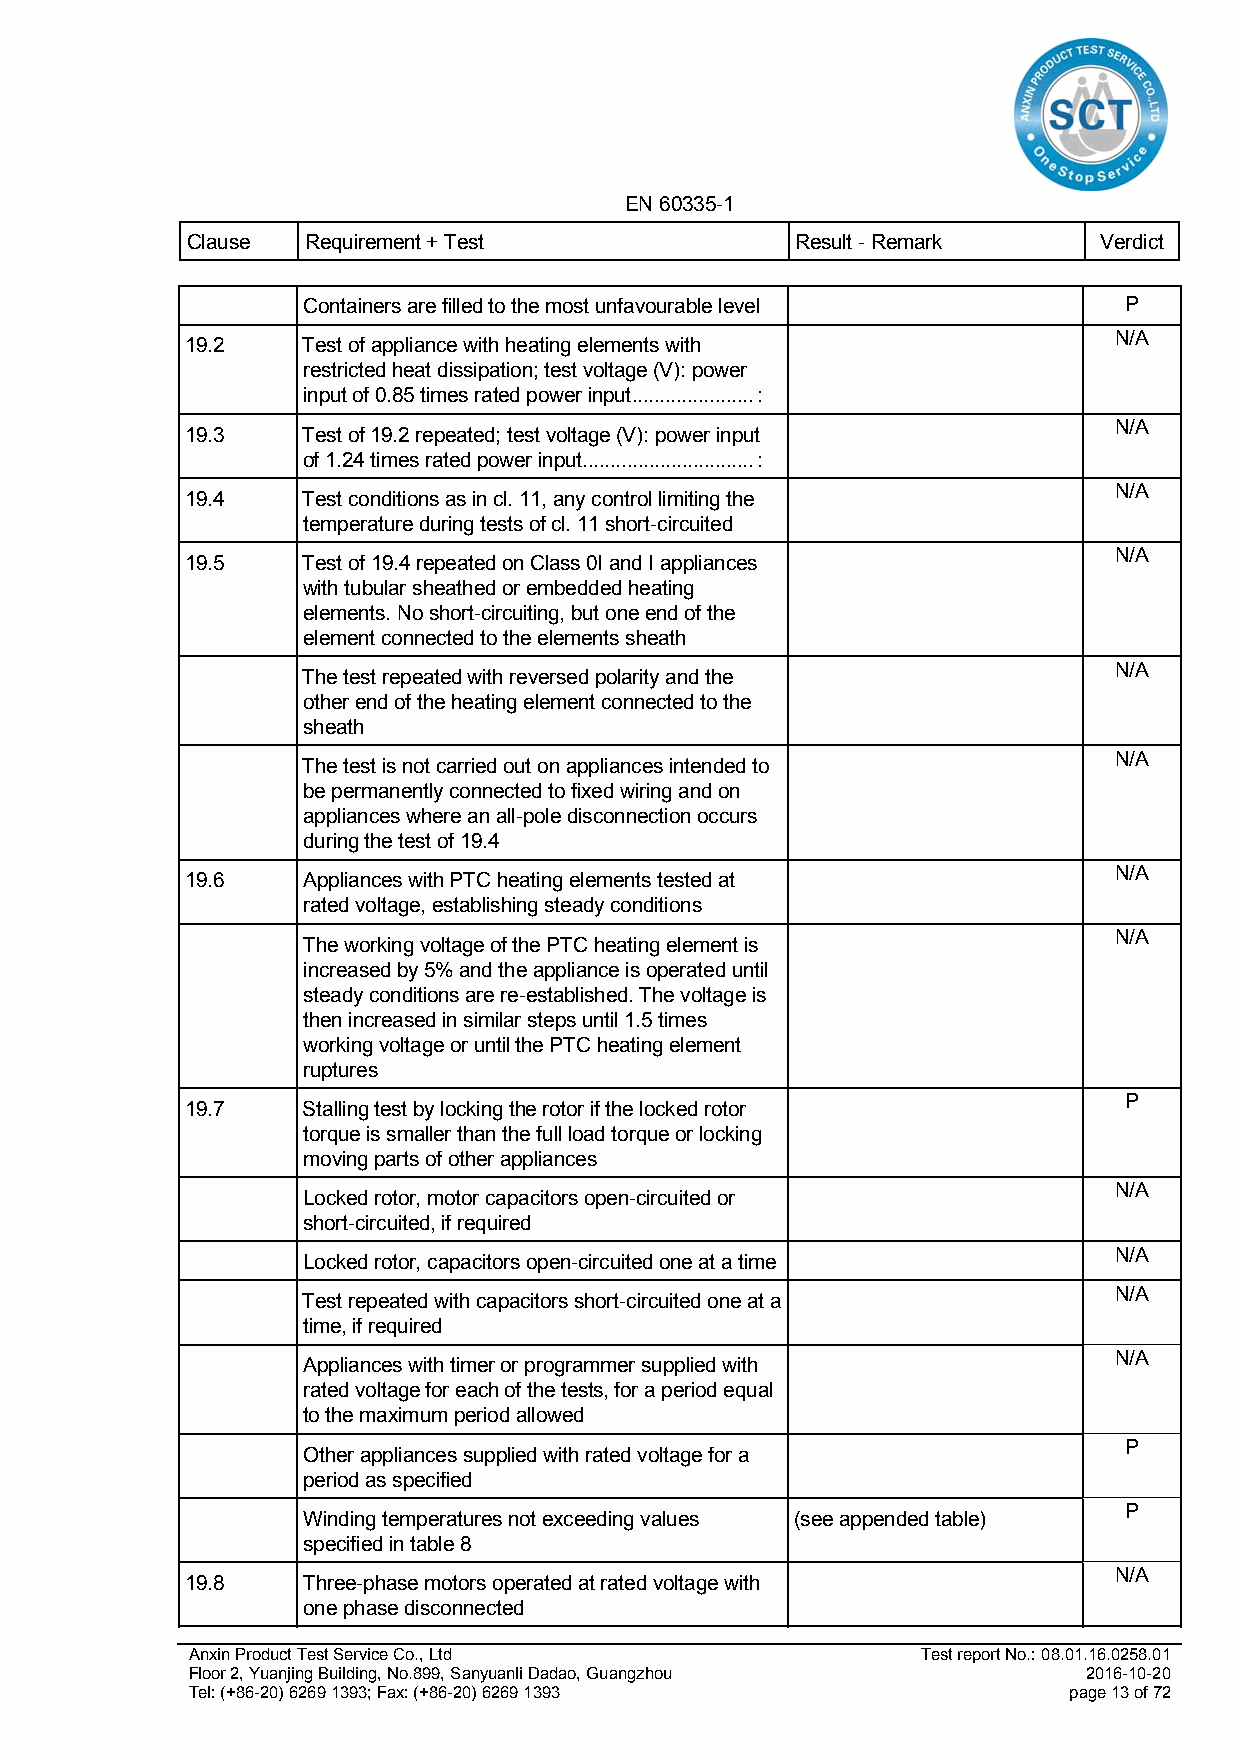
EN 60335-1
 Clause  Requirement + Test               Result - Remark     Verdict
 Containers are filled to the most unfavourable level  P
 N/A
 19.2    Test of appliance with heating elements with
 restricted heat dissipation; test voltage (V): power
 input of 0.85 times rated power input ...................... :
 N/A
 19.3    Test of 19.2 repeated; test voltage (V): power input
 of 1.24 times rated power input ............................... :
 N/A
 19.4    Test conditions as in cl. 11, any control limiting the
 temperature during tests of cl. 11 short-circuited
 N/A
 19.5    Test of 19.4 repeated on Class 0I and I appliances
 with tubular sheathed or embedded heating
 elements. No short-circuiting, but one end of the
 element connected to the elements sheath
 N/A
 The test repeated with reversed polarity and the
 other end of the heating element connected to the
 sheath
 N/A
 The test is not carried out on appliances intended to
 be permanently connected to fixed wiring and on
 appliances where an all-pole disconnection occurs
 during the test of 19.4
 N/A
 19.6    Appliances with PTC heating elements tested at
 rated voltage, establishing steady conditions
 N/A
 The working voltage of the PTC heating element is
 increased by 5% and the appliance is operated until
 steady conditions are re-established. The voltage is
 then increased in similar steps until 1.5 times
 working voltage or until the PTC heating element
 ruptures
 P
 19.7    Stalling test by locking the rotor if the locked rotor
 torque is smaller than the full load torque or locking
 moving parts of other appliances
 N/A
 Locked rotor, motor capacitors open-circuited or
 short-circuited, if required
 N/A
 Locked rotor, capacitors open-circuited one at a time
 N/A
 Test repeated with capacitors short-circuited one at a
 time, if required
 N/A
 Appliances with timer or programmer supplied with
 rated voltage for each of the tests, for a period equal
 to the maximum period allowed
 P
 Other appliances supplied with rated voltage for a
 period as specified
 P
 Winding temperatures not exceeding values (see appended table)
 specified in table 8
 N/A
 19.8    Three-phase motors operated at rated voltage with
 one phase disconnected
 Anxin Product Test Service Co., Ltd              Test report No.: 08.01.16.0258.01
 Floor 2, Yuanjing Building, No.899, Sanyuanli Dadao, Guangzhou 2016-10-20
 Tel: (+86-20) 6269 1393; Fax: (+86-20) 6269 1393           page 13 of 72